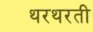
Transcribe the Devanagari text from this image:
थरथरती